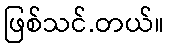
ဖြစ်သင်.တယ်။